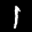
Label: 1